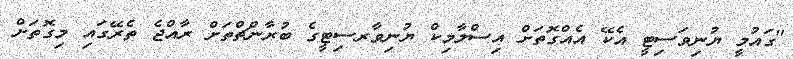
"ގައުމީ ޔުނިވަސިޓީ އެކޭ އެއްގޮތަށް އިސްލާމިކް ޔުނިވާރސިޓީގެ ބުރާންޗްތަށް ރާއްޖެ ތެރޭގައި މިގޮތަށް